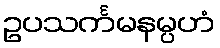
ဥပသင်္ကမနမ္ပဟံ